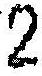
2